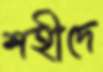
শহীদে